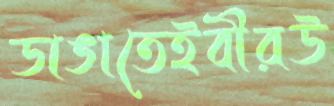
ডাঙাতেইবীরউ